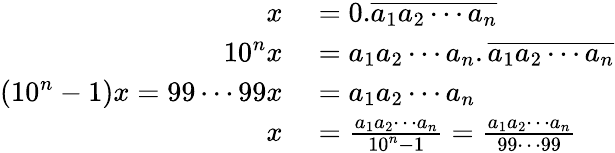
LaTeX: \begin{array}{rl}{x}&{{}=0.{\overline{{a_{1}a_{2}\cdots a_{n}}}}}\\ {10^{n}x}&{{}=a_{1}a_{2}\cdots a_{n}.{\overline{{a_{1}a_{2}\cdots a_{n}}}}}\\ {\left(10^{n}-1\right)x=99\cdots 99x}&{{}=a_{1}a_{2}\cdots a_{n}}\\ {x}&{{}={\frac{a_{1}a_{2}\cdots a_{n}}{10^{n}-1}}={\frac{a_{1}a_{2}\cdots a_{n}}{99\cdots 99}}}\end{array}